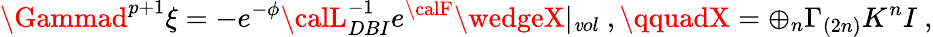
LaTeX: \Gammad^{p+1}\xi=-e^{-\phi}{\calL}_{DBI}^{-1}e^{\calF}\wedgeX|_{\mathit{v}ol}~,\qquadX=\oplus_{n}\Gamma_{(2n)}K^{n}I~,